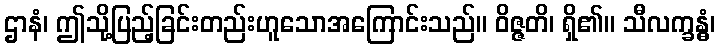
ဌာနံ၊ ဤသို့ပြည့်ခြင်းတည်းဟူသောအကြောင်းသည်။ ဝိဇ္ဇတိ၊ ရှိ၏။ သီလက္ခန္ဓံ၊